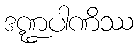
ဒဏ္ဍပါဏိဿ